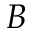
B